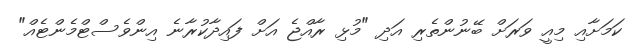
ކަމަށާއި މިއީ ވަރަށް ބޭނުންތެރި އަދި "މުޅި ރާއްޖެ އަށް ފައިދާކުރާނެ އިންވެސްޓްމެންޓެއް"